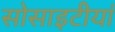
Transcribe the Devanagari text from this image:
सोसाइटीयां